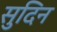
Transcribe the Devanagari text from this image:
सुदिन